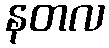
နတလ